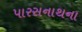
પારસનાથના